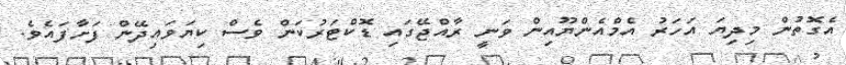
އެގޮތުން މިދިޔަ އަހަރު އެމްއެންޔޫއިން ވަނީ ރާއްޖޭގައި ޑޮކްޓަރުކަން ވެސް ކިޔަވައިދޭން ފަށާފައެވެ.